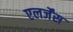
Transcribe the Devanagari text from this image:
एलर्जेंस